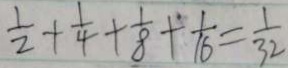
\frac { 1 } { 2 } + \frac { 1 } { 4 } + \frac { 1 } { 8 } + \frac { 1 } { 1 6 } = \frac { 1 } { 3 2 }